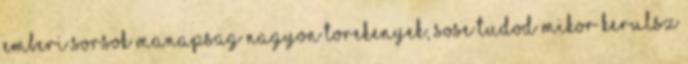
emberi sorsok manapsag nagyon torekenyek, sose tudod mikor kerulsz